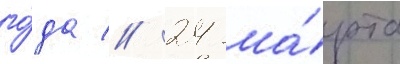
го́да // 24 ма́рта